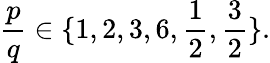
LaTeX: {\frac{p}{q}}\in\{ 1,2,3,6,{\frac{1}{2}},{\frac{3}{2}}\} .